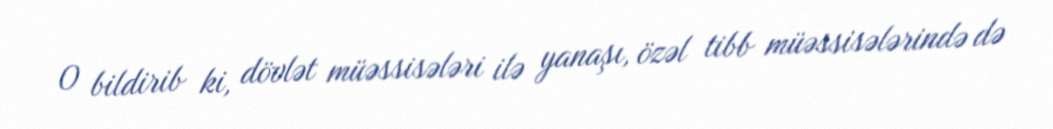
O bildirib ki, dövlət müəssisələri ilə yanaşı, özəl tibb müəssisələrində də